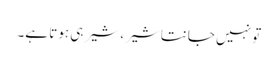
تو نہیں جانتا شیر، شیر ہی ہوتا ہے۔